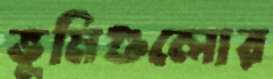
ভূমিগুলোর